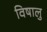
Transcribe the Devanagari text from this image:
विषालु